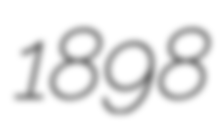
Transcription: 1898